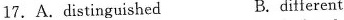
17.A.distinguished B.different